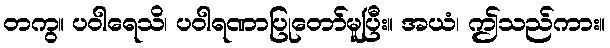
တကွ။ ပဝါရေသိ၊ ပဝါရဏာပြုတော်မူပြီး။ အယံ၊ ဤသည်ကား။